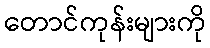
တောင်ကုန်းများကို